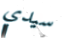
سيدي